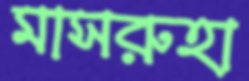
মাসরুহা